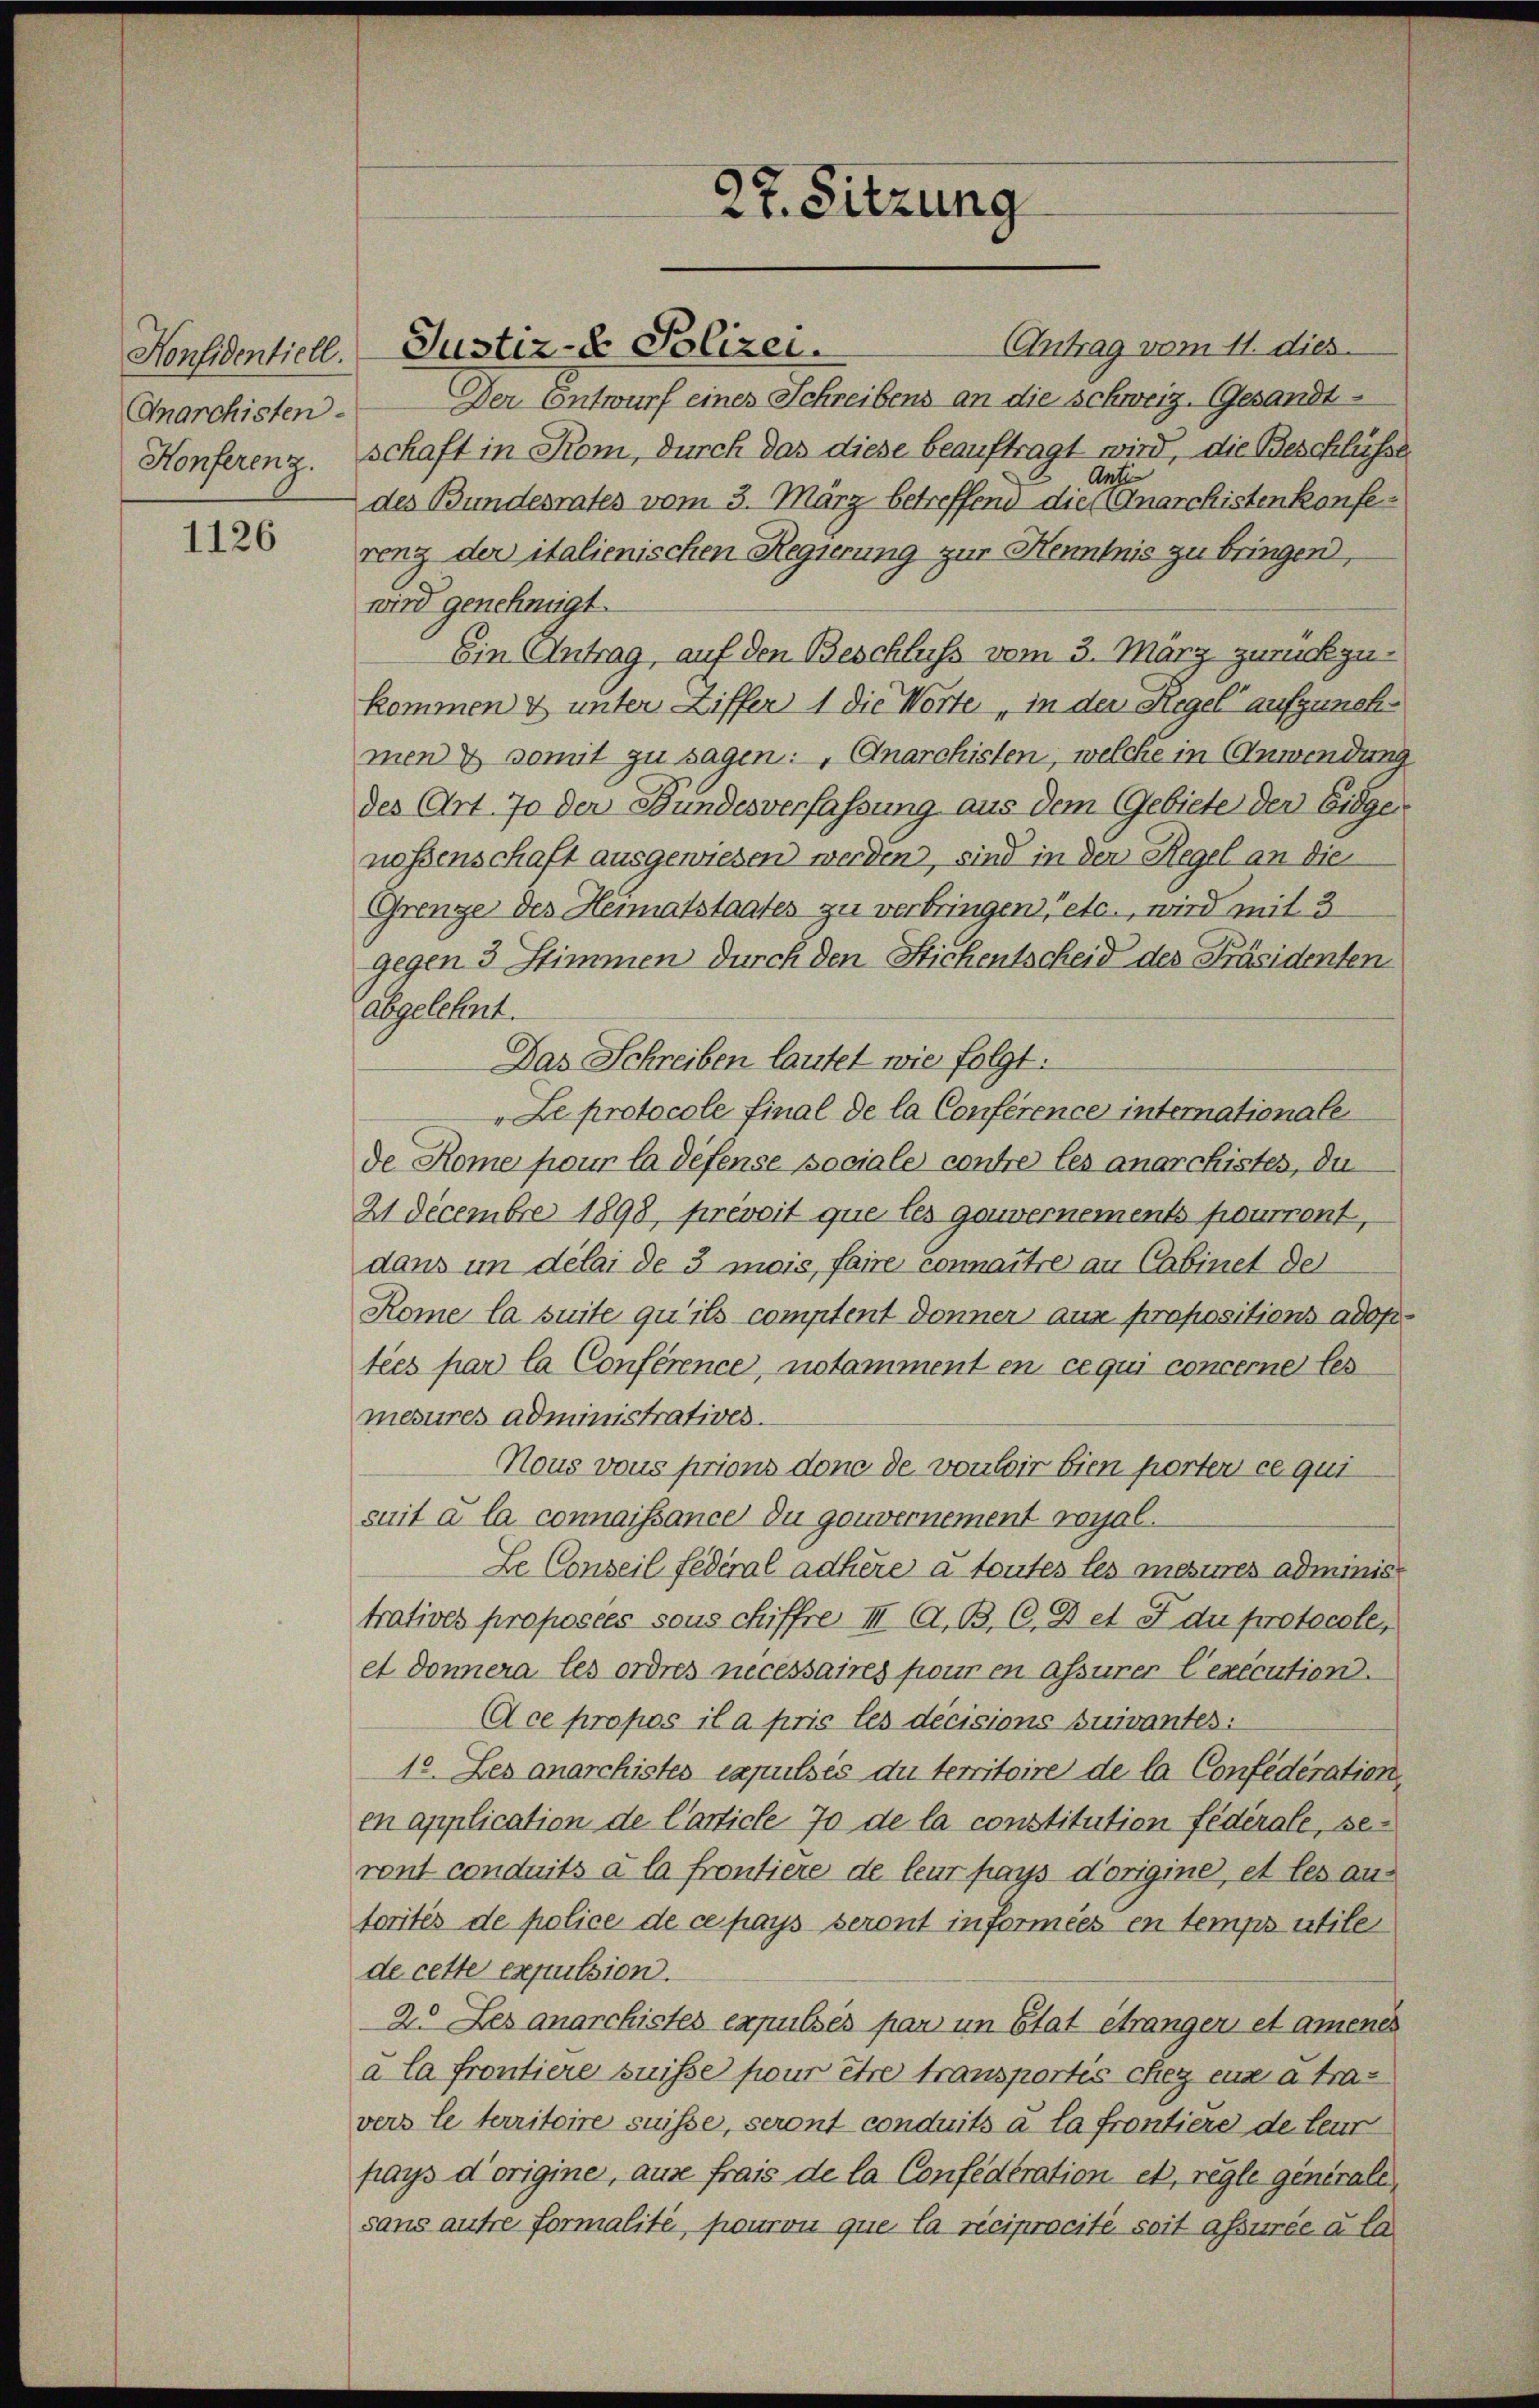
Anarchisten.

1126

Antrag vom 11. dies
Der Entwurf eines Schreibens an die Schweiz. Gesandt¬
Honferenz. Schaft in Rom, durch das diese beauftragt wird, die Beschlüsse
Anti
des Bundesrates vom 3. März betreffend die Gnarchistenkonferenz der italienischen Regierung zur Henntnis zu bringen,
wird genehmigt.
Ein Antrag, auf den Beschluss vom 3. März zurückzukommen & unter Ziffer 1 die Worte „in der Regel aufzunehmen & somit zu sagen: Anarchisten, welche in Anwendung
des Art. 70 der Bundesverfassung aus dem Gebiete der Eidge
nossenschaft ausgewiesen werden, sind in der Regel an die
Grenze des Heimatstaates zu verbringen, etc., wird mit 3
gegen 3 Stimmen durch den Stichentscheid des Präsidenten
abgelehnt.
Das Schreiben lautet wie folgt.
„Le protocole final de la Conference internationale
de Rome pour la défense pociale contre les anarchistes, du
21 Decembre 1898, prévoit que les gouvernements pourront,
dans im délai de 3 mois, faire connaître an Cabinet der
Rome la suite qu’ils comptent donner aus propositions adoptées par la Conférence, notamment en ce qui concerne les
mesures administratives.
Nous vons prions donc de von toir bien horten ce qui
suit à la connaissance du gouvernement royal.
Le Conseil fédéral adhire à toutes les mesures administ
tratives proposées sous chiffre III A. B. C. Det F du protocole,
et Donnera les ordres necessaires pour en assurer lexecution.
Ace propos il a pris les decisions suivantes:
10. Les anarchistes capulsis du territoire de la Confederation,
en application de Carticle 70 de la constitution fédérale, seront conduits à la frontiere de leur pays d’origine, et les aus
torités de police de ce pays seront informées en temps utile
de cette expulsion.
2. Les anarchistes expulsés par im Etat étranger, et amenes
à la frontiere suisse four être transportis chez eux à travers le territoire suisse, seront conduits à la frontiere de leur
pays d’origine, aus frais de la Confederation et règle generale,
sans autre formalité, pouron que la reciprocité soit assurée à la

Konfidentiell. Justiz- & Polizei.

27. Sitzung